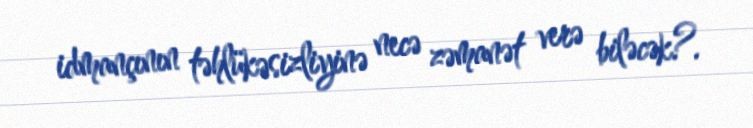
idmançının təhlükəsizliyinə necə zəmanət verə biləcək?.